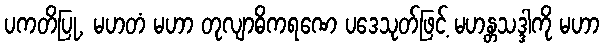
ပကတိပြု, မဟတံ မဟာ တုလျာဓိကရဏေ ပဒေသုတ်ဖြင့် မဟန္တသဒ္ဒါကို မဟာ